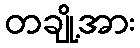
တချို့အား